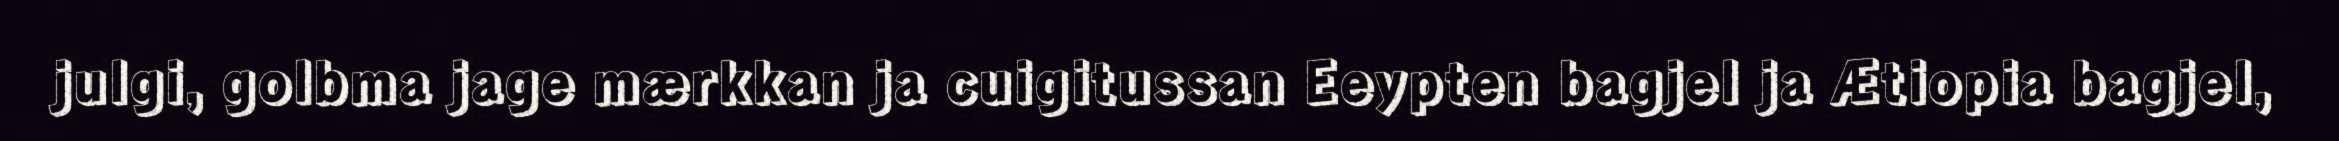
julgi, golbma jage mærkkan ja cuigitussan Eeypten bagjel ja Ætiopia bagjel,